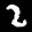
Label: 2